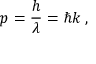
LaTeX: p = { \frac { h } { \lambda } } = \hbar k \; ,